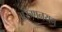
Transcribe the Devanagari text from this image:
अरुणनयन